Indian journal of veterinary science and animal husbandry - Volumes 18-21, 1948-1951
Year: 1948
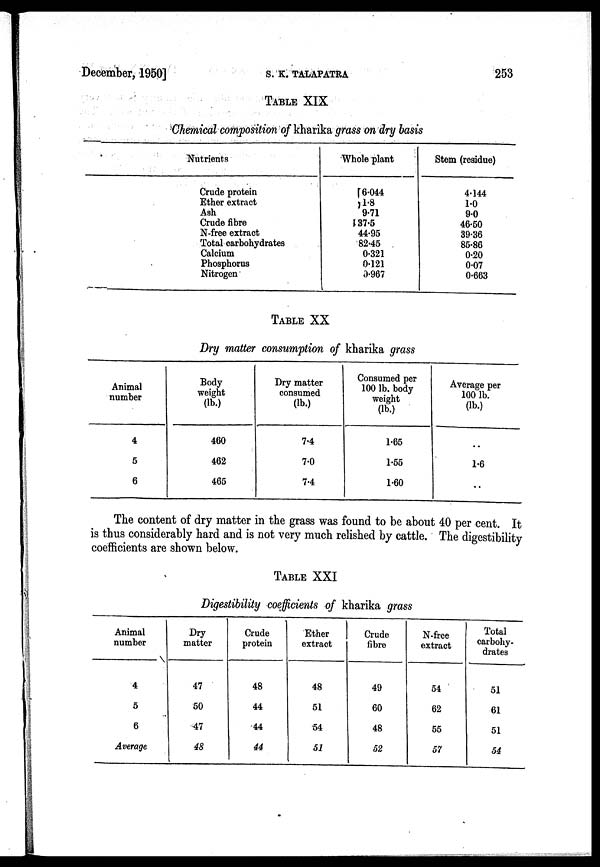
December, 1950]
S.
K.
TALAPATRA
253
TABLE XIX
Chemical composition of kharika grass on dry basis
Nutrients
Crude protein
Ether extract
Ash
Crude fibre
N-free extract
Total carbohydrates
Calcium
Phosphorus
Nitrogen
Whole plant
6.044
1.8
9.71
37.5
44.95
82.45
0.321
0.121
0.967
Stem (residue)
4.144
1.0
9.0
46.50
39.36
85.86
0.20
0.07
0.663
TABLE XX
Dry matter consumption of kharika grass
Animal
number
4
5
6
Body
weight
(lb.)
460
462
465
Dry matter
consumed
(lb.)
7.4
7.0
7.4
Consumed per
100 lb. body
weight
(lb.)
1.65
1.55
1.60
Average per
100 lb.
(lb.)
..
1.6
..
The content of dry matter in the grass was found to be about 40 per cent. It
is thus considerably hard and is not very much relished by cattle. The digestibility
coefficients are shown below.
TABLE XXI
Digestibility coefficients of kharika grass
Animal
number
4
5
6
Average
Dry
matter
47
50
47
48
Crude
protein
48
44
44
44
Ether
extract
48
51
54
51
Crude
fibre
49
60
48
52
N-free
extract
54
62
55
57
Total
carbohy-
drates
51
61
51
54